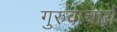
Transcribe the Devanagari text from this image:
गुरुवाचार्य